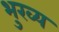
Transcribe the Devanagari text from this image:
भुख्य